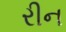
રીન